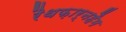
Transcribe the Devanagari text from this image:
रैथफ़ार्नहैम